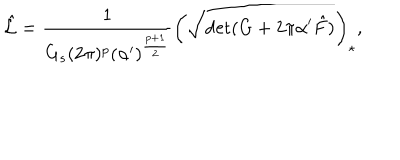
LaTeX: \hat { \cal L } = \frac { 1 } { G _ { s } ( 2 \pi ) ^ { p } ( \alpha ^ { \prime } ) ^ { \frac { p + 1 } { 2 } } } \left( \sqrt { \mathrm { d e t } ( G + 2 \pi \alpha ^ { \prime } \hat { F } ) } \right) _ { \star } ,